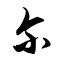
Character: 尔